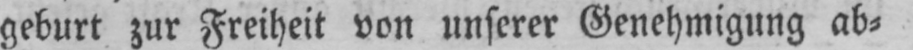
geburt zur Freiheit von unserer Genehmigung ab⸗